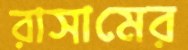
রাসামের